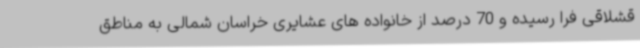
قشلاقی فرا رسیده و 70 درصد از خانواده های عشایری خراسان شمالی به مناطق